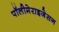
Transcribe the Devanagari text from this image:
पॉलीमेराइजेसन